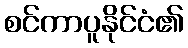
စင်ကာပူနိုင်ငံ၏